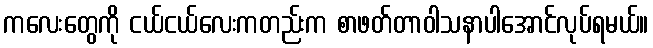
ကလေးတွေကို ငယ်ငယ်လေးကတည်းက စာဖတ်တာဝါသနာပါအောင်လုပ်ရမယ်။